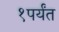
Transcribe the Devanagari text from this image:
१पर्यंत